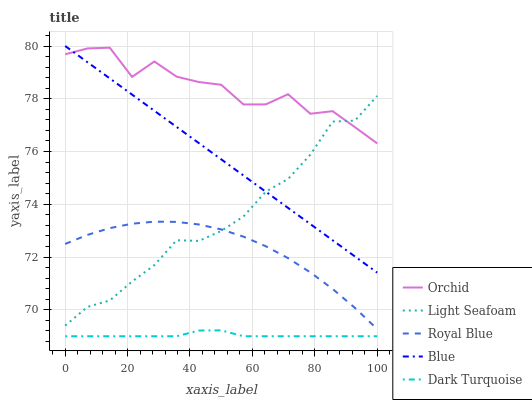
| xaxis_label | Orchid | Light Seafoam | Royal Blue | Blue | Dark Turquoise |
 | --- | --- | --- | --- | --- | --- |
 | 0 | 79.7 | 69.4 | 72.5 | 80 | 69 |
 | 7.14 | 79.9 | 70.1 | 72.8 | 79.4 | 69 |
 | 14.3 | 79.9 | 70.4 | 73.1 | 78.8 | 69 |
 | 21.4 | 78.8 | 71.1 | 73.3 | 78.2 | 69 |
 | 28.6 | 79.4 | 71.7 | 73.3 | 77.5 | 69 |
 | 35.7 | 78.8 | 72.6 | 73.3 | 76.9 | 69 |
 | 42.9 | 78.6 | 72.6 | 73.2 | 76.3 | 69.2 |
 | 50 | 78.5 | 73 | 73 | 75.7 | 69.2 |
 | 57.1 | 77.8 | 73.5 | 72.8 | 75.1 | 69 |
 | 64.3 | 77.8 | 74.5 | 72.4 | 74.5 | 69 |
 | 71.4 | 78.2 | 75 | 72 | 73.9 | 69 |
 | 78.6 | 77.4 | 75.9 | 71.4 | 73.3 | 69 |
 | 85.7 | 77.5 | 77.1 | 70.8 | 72.6 | 69 |
 | 92.9 | 76.9 | 77.2 | 70.1 | 72 | 69 |
 | 100 | 76.3 | 78.1 | 69.3 | 71.4 | 69 |